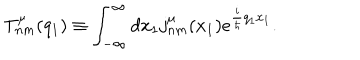
T _ { n m } ^ { \mu } ( q _ { 1 } ) \equiv \int _ { - \infty } ^ { \infty } d x _ { 1 } j _ { n m } ^ { \mu } ( x _ { 1 } ) e ^ { \frac { i } { \hbar } q _ { 1 } x _ { 1 } } .